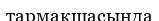
тармақшасында